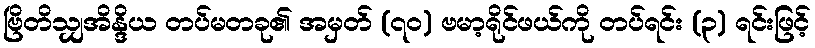
ဗြိတိသျှအိန္ဒိယ တပ်မတခု၏ အမှတ် (၇၀) ဗမာ့ရိုင်ဖယ်ကို တပ်ရင်း (၃) ရင်းဖြင့်